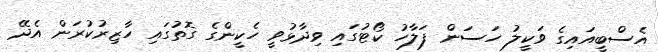
އެސްބީއައިގެ ވަކީލު ހަސަން ފަލާހު ކޯޓުގައި ވިދާޅުވީ ހެކީންގެ ގޮތުގައި ހާޒިރުކުރަން އެދޭ